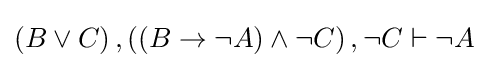
\left(B\lor C\right),\left(\left(B\rightarrow \lnot A\right)\land \lnot C\right),\lnot C\vdash \lnot A